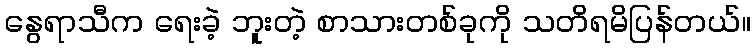
နွေရာသီက ရေးခဲ့ ဘူးတဲ့ စာသားတစ်ခုကို သတိရမိပြန်တယ်။